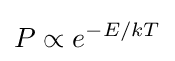
P\propto {e}^{-E/kT}